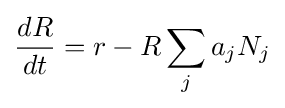
{\frac {dR}{dt}}=r-R\sum _{j}a_{j}N_{j}